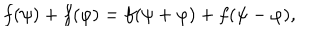
f ( \psi ) + f ( \varphi ) = f ( \psi + \varphi ) + f ( \psi - \varphi ) ,